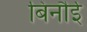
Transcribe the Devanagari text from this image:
बिनौई